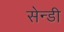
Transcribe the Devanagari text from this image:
सेन्डी